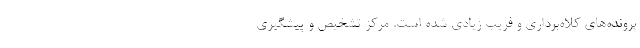
پرونده‌های کلاه‌برداری و فریب زیادی شده است. مرکز تشخیص‌ و پیشگیری